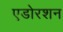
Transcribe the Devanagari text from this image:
एडोरशन